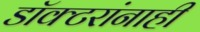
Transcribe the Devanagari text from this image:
डॉक्टरांनाही